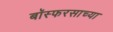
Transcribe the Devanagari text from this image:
बॉस्फरसाच्या